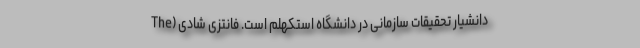
دانشیار تحقیقات سازمانی در دانشگاه استکهلم است. فانتزی شادی (The